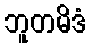
ဘူတမိဒံ